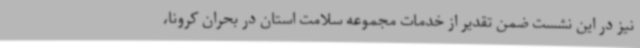
نیز در این نشست ضمن تقدیر از خدمات مجموعه سلامت استان در بحران کرونا،